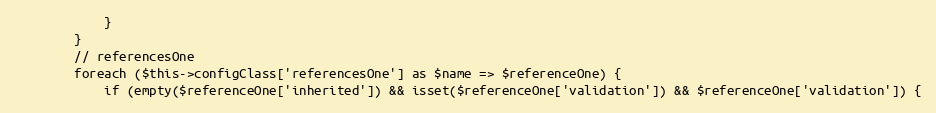
Language: PHP
            }
        }
        // referencesOne
        foreach ($this->configClass['referencesOne'] as $name => $referenceOne) {
            if (empty($referenceOne['inherited']) && isset($referenceOne['validation']) && $referenceOne['validation']) {